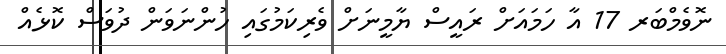
ނޮވެމްބަރ 17 އާ ހަމައަށް ރައީސް ޔާމީނަށް ވެރިކަމުގައި ހުންނަވަން ދުވަސް ކޮޅެއް